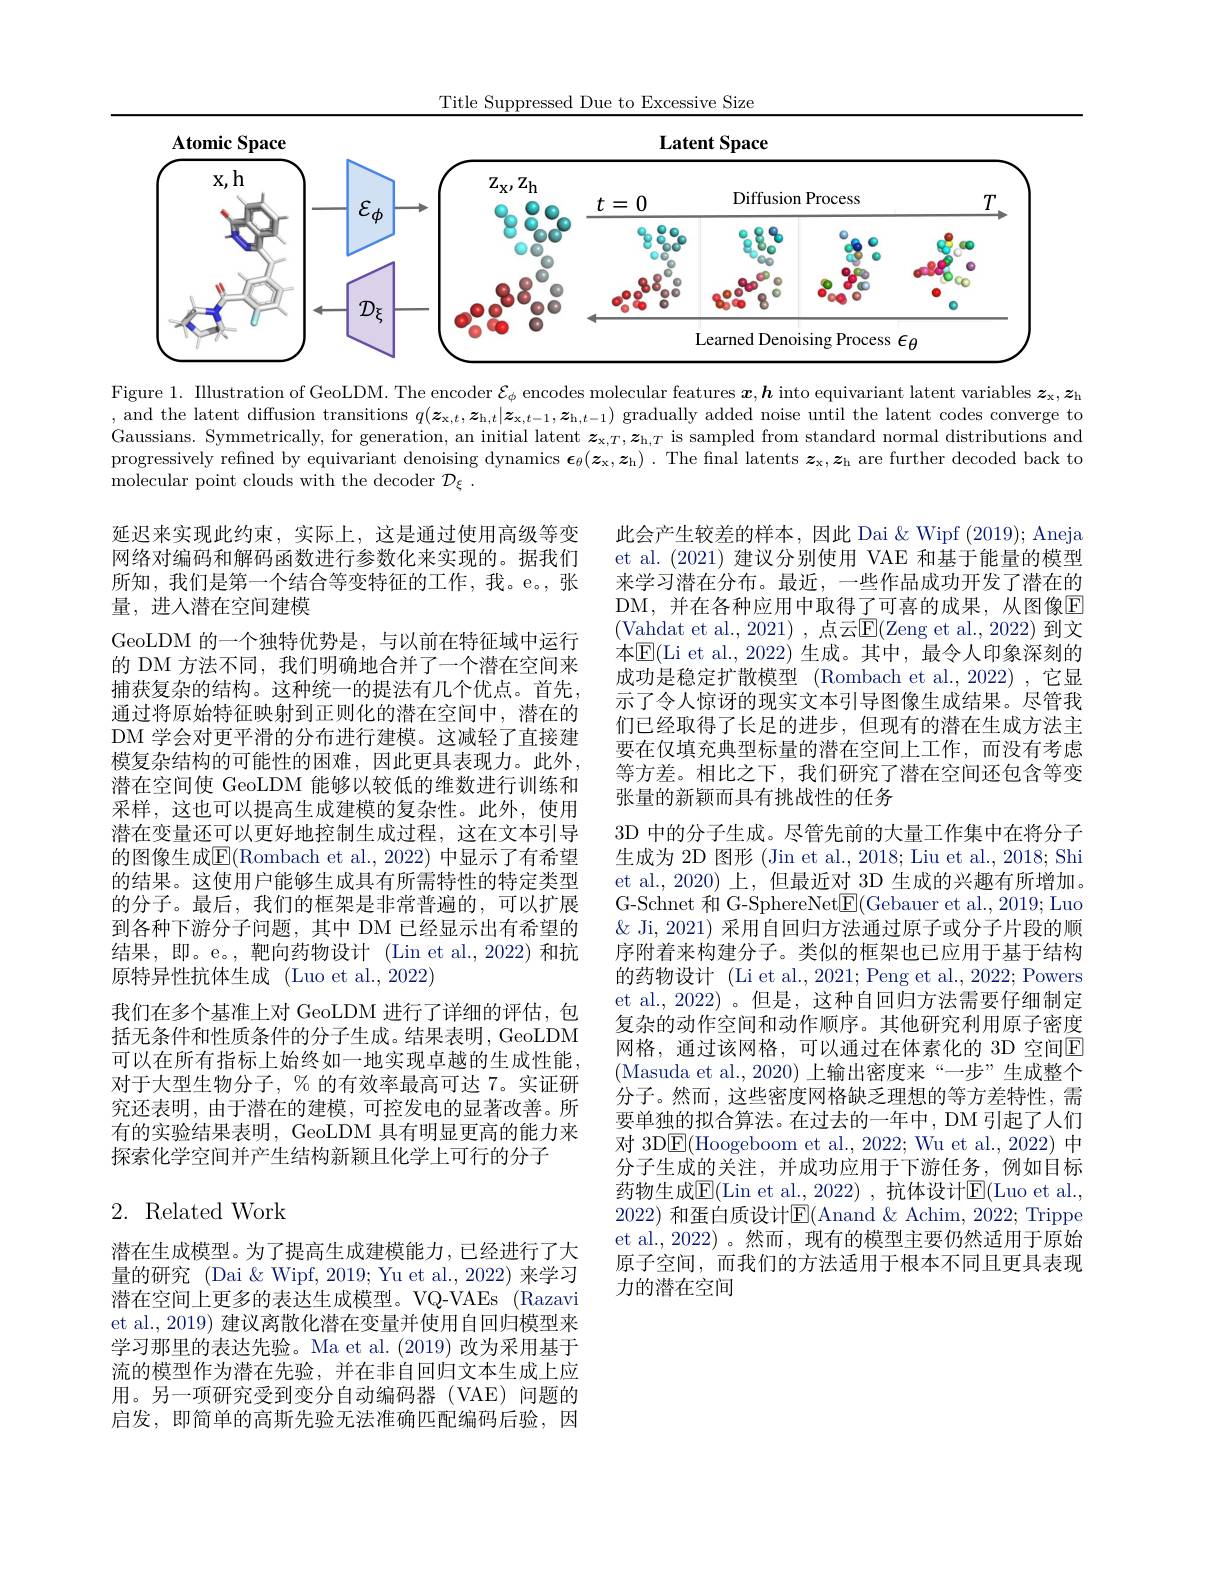
Title Suppressed Due to Excessive Size

<FigureHere>

Figure 1. Illustration of GeoLDM. The encoder $\mathcal{E}_\phi$ encodes molecular features $\boldsymbol{x},\boldsymbol{h}$ into equivariant latent variables $\boldsymbol{z}_\mathrm{x},\boldsymbol{z}_\mathrm{h}$ , and the latent diffusion transitions $q(\boldsymbol{z}_{\mathrm{x},t},\boldsymbol{z}_{\mathrm{h},t}|\boldsymbol{z}_{\mathrm{x},t-1},\boldsymbol{z}_{\mathrm{h},t-1})$ gradually added noise until the latent codes converge to Gaussians. Symmetrically, for generation, an initial latent $\boldsymbol{z}_\mathrm{x,T},\boldsymbol{z}_\mathrm{h,T}$ is sampled from standard normal distributions and progressively refined by equivariant denoising dynamics $\boldsymbol\epsilon_\theta(\boldsymbol{z}_\mathrm{x},\boldsymbol{z}_\mathrm{h}).$ The final latents $\boldsymbol{z}_\mathrm{x},\boldsymbol{z}_\mathrm{h}$ are further decoded back to molecular point clouds with the decoder $\mathcal{D} _\xi$ .

延迟来实现此约束，实际上，这是通过使用高级等变网络对编码和解码函数进行参数化来实现的。据我们所知，我们是第一个结合等变特征的工作，我。e。,张量，进人潜在空间建模
GeoLDM 的一个独特优势是，与以前在特征域中运行的 DM 方法不同，我们明确地合并了一个潜在空间来捕获复杂的结构。这种统一的提法有几个优点。首先， 通过将原始特征映射到正则化的潜在空间中，潜在的DM 学会对更平滑的分布进行建模。这减轻了直接建模复杂结构的可能性的困难，因此更具表现力。此外， 潜在空间使 GeoLDM 能够以较低的维数进行训练和采样，这也可以提高生成建模的复杂性。此外，使用潜在变量还可以更好地控制生成过程，这在文本引导的图像生成$\overline{\mathbb{E}}($Rombach et al., 2022) 中显示了有希望的结果。这使用户能够生成具有所需特性的特定类型的分子。最后，我们的框架是非常普遍的，可以扩展到各种下游分子问题，其中 DM 已经显示出有希望的结果，即。e。,靶向药物设计(Lin et al.,2022)和抗原特异性抗体生成 (Luo et al., 2022)
我们在多个基准上对 GeoLDM 进行了详细的评估，包括无条件和性质条件的分子生成。结果表明，GeoLDM 可以在所有指标上始终如一地实现卓越的生成性能对于大型生物分子，%的有效率最高可达 7。实证研究还表明，由于潜在的建模，可控发电的显著改善。所有的实验结果表明，GeoLDM 具有明显更高的能力来探索化学空间并产生结构新颖且化学上可行的分子

此会产生较差的样本，因此 Dai $\&$ Wipf (2019); Aneja et al.(2021) 建议分别使用 VAE 和基于能量的模型来学习潜在分布。最近，一些作品成功开发了潜在的DM,并在各种应用中取得了可喜的成果，从图像$\overline{\mathrm{E}}$ (Vahdat et al., 2021) , 点云$\overline{\mathrm{E}}($Zeng et al., 2022) 到文本$\mathbb{E}($Li et al., 2022) 生成。其中，最令人印象深刻的成功是稳定扩散模型 (Rombach et al.,2022) ,它显示了令人惊讶的现实文本引导图像生成结果。尽管我们已经取得了长足的进步，但现有的潜在生成方法主要在仅填充典型标量的潜在空间上工作，而没有考虑等方差。相比之下，我们研究了潜在空间还包含等变张量的新颖而具有挑战性的任务
3D 中的分子生成。尽管先前的大量工作集中在将分子生成为 2D 图形 (Jin et al., 2018; Liu et al., 2018; Shi et al., 2020) 上，但最近对 3D 生成的兴趣有所增加。G-Schnet 和 G-SphereNet$\boxed{\mathrm{F}}($Gebauer et al., 2019; Luo $\&$ Ji, 2021) 采用自回归方法通过原子或分子片段的顺序附着来构建分子。类似的框架也已应用于基于结构的药物设计(Li et al.,2021; Peng et al.,2022; Powers et al., 2022)。但是，这种自回归方法需要仔细制定复杂的动作空间和动作顺序。其他研究利用原子密度网格，通过该网格，可以通过在体素化的 3D 空间E (Masuda et al.,2020)上输出密度来“一步”生成整个分子。然而，这些密度网格缺乏理想的等方差特性，需要单独的拟合算法。在过去的一年中，DM 引起了人们对 3D$\boxed{\mathrm{F}}($Hoogeboom et al., 2022; Wu et al., 2022) 中分子生成的关注，并成功应用于下游任务，例如目标药物生成$\underline{\mathrm{E}}($Lin et al.,2022),抗体设计$\underline{\mathrm{E}}($Luo et al., 2022) 和蛋白质设计$\mathbb{E}($Anand $\&$ Achim, 2022; Trippe et al.,2022) 。然而，现有的模型主要仍然适用于原始原子空间，而我们的方法适用于根本不同且更具表现力的潜在空间

## 2. Related Work

潜在生成模型。为了提高生成建模能力，已经进行了大量的研究 (Dai &Wipf, 2019; Yu et al., 2022) 来学习潜在空间上更多的表达生成模型。VQ-VAEs (Razavi et al., 2019) 建议离散化潜在变量并使用自回归模型来学习那里的表达先验。Ma et al.(2019) 改为采用基于流的模型作为潜在先验，并在非自回归文本生成上应用。另一项研究受到变分自动编码器(VAE)问题的启发，即简单的高斯先验无法准确匹配编码后验，因